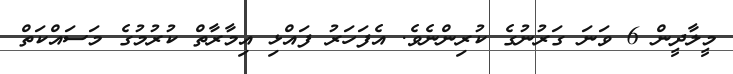
މީލާދީން 6 ވަނަ ގަރުނުގެ ކުރިންނެވެ. އެފަހަރު ފައްޅި އިމާރާތް ކުރުމުގެ މަސައްކަތް